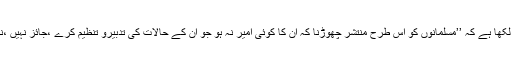
شمس الائمہ سرخسی رحمۃ اللہ علیہ نے لکھا ہے کہ ’’مسلمانوں کو اس طرح منتشر چھوڑنا کہ ان کا کوئی امیر نہ ہو جو ان کے حالات کی تدبیرو تنظیم کرے ،جائز نہیں ،نہ دارالاسلام میں نہ ہی دارالحرب میں ‘‘۔